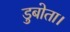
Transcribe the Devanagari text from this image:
डुबोता।